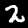
Digit: 2